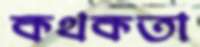
কথকতা